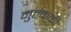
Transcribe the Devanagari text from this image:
मुल्ककी